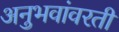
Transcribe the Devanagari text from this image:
अनुभवांवरती